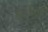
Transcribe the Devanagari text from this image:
कंपनिययों